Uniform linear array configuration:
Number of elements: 32
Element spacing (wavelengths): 1
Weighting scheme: blackman
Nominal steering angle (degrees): -30
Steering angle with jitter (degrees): -30.208
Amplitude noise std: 0.05
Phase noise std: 0.05

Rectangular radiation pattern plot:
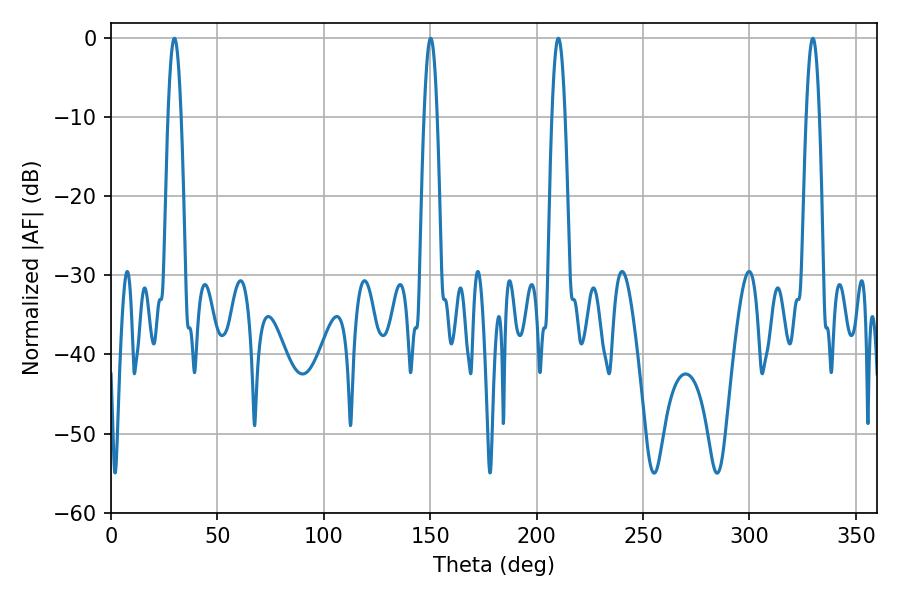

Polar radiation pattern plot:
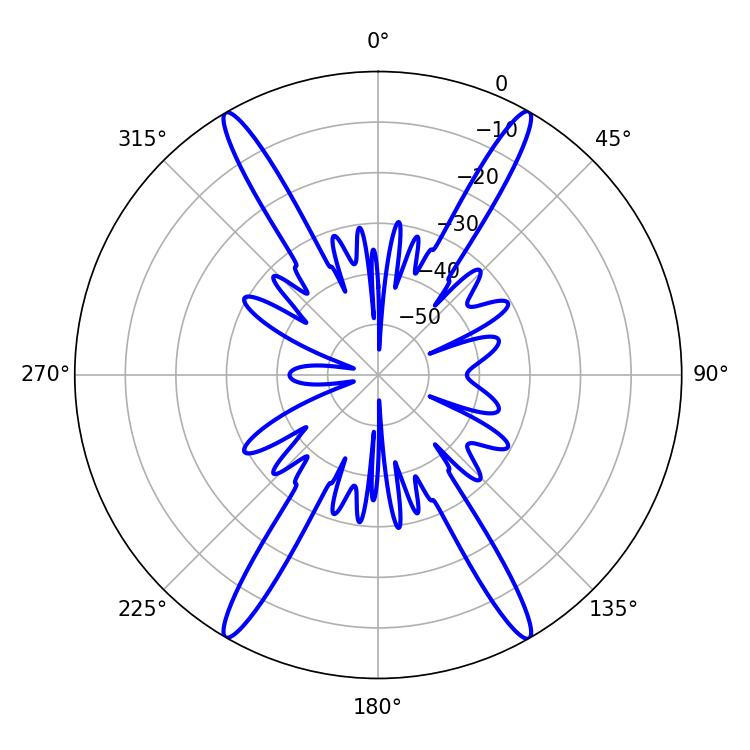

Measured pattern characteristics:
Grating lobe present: TRUE
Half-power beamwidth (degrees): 3.24
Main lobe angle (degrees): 210.24